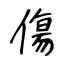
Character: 傷